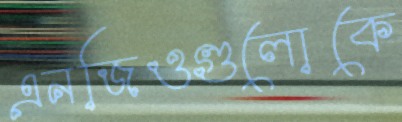
এনজিওগুলোকে